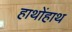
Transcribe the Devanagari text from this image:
हाथोंहाथ